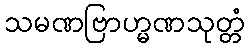
သမဏဗြာဟ္မဏသုတ္တံ